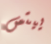
ييتس